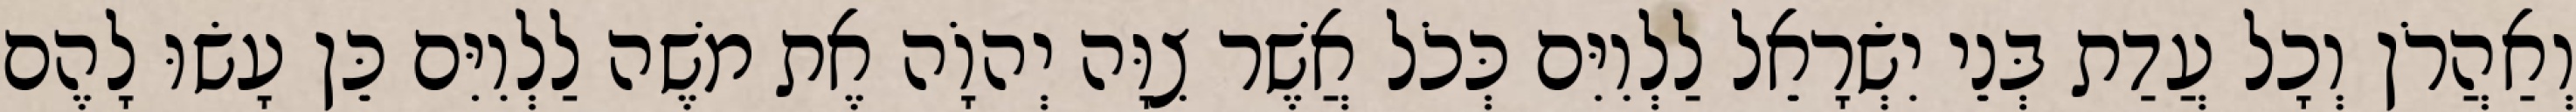
וְאַהֲרֹן וְכָל עֲדַת בְּנֵי יִשְׂרָאֵל לַלְוִיִּם כְּכֹל אֲשֶׁר צִוָּה יְהוָֹה אֶת משֶׁה לַלְוִיִּם כֵּן עָשׂוּ לָהֶם